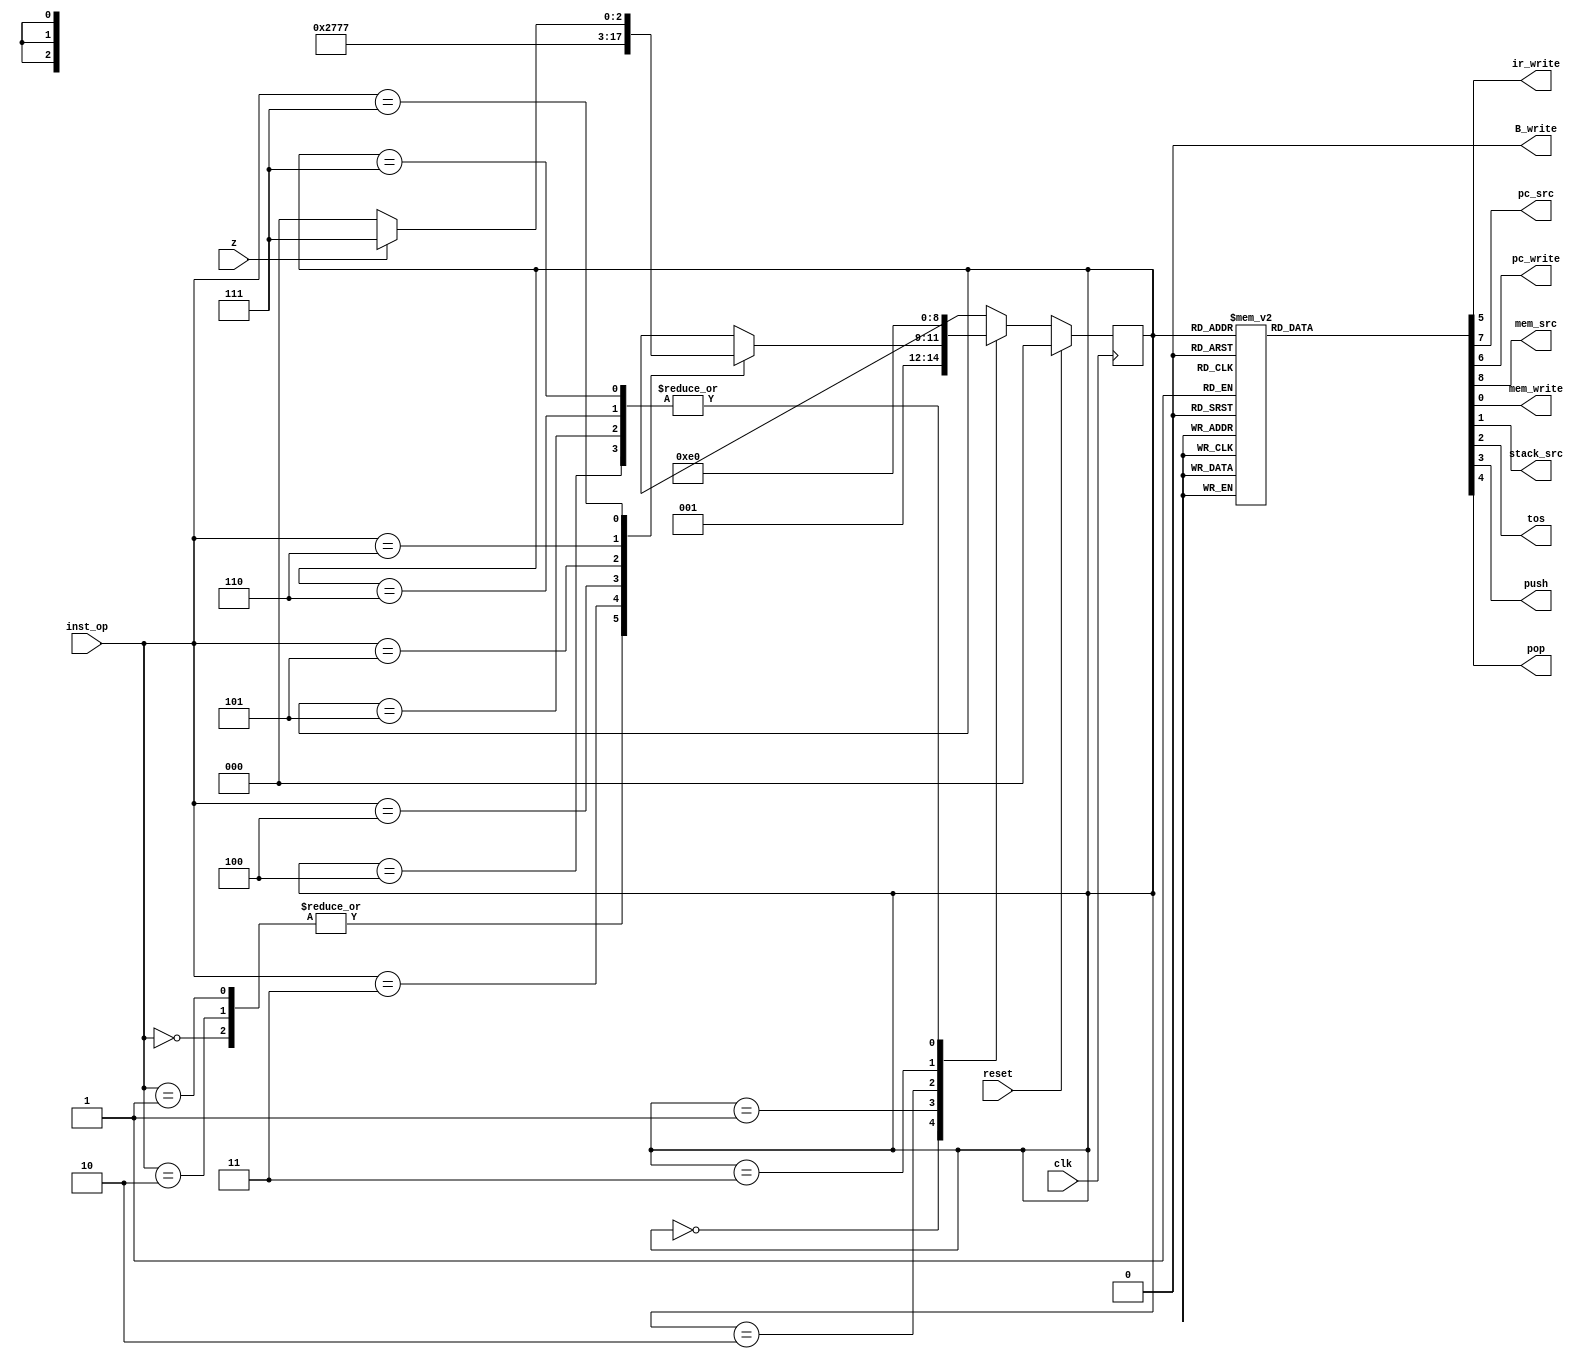
module Controller(input  clk, reset,  z, input [2:0] inst_op,  output reg  ir_write, B_write, pc_src, pc_write, mem_src, mem_write, stack_src, tos, push, pop);
	parameter [2:0] IF = 3'b000, ID = 3'b001, POP_B = 3'b010, POP_A = 3'b011, PUSH_ALU = 3'b100, PUSH_INST = 3'b101, POP_INST =  3'b110, JMP = 3'b111; 
	reg [2:0] c_state = IF, n_state;
	parameter [2:0] OP_ADD = 3'b000, OP_SUB = 3'b001, OP_AND = 3'b010, OP_NOT = 3'b011, OP_PUSH = 3'b100, OP_POP = 3'b101,OP_JMP = 3'b110, OP_JZ = 3'b111;
	
	always @(posedge clk) 
	begin
		if(!reset)
			c_state = n_state;
		else c_state = IF;
	end
		
	always @(c_state, z , inst_op) begin // n_state = ???
		n_state = 0;
		//select next state
		case (c_state)
			IF: begin
				n_state = ID;
			end
			ID: begin
				case(inst_op)
					//ALU
					OP_ADD: n_state = POP_B;
					OP_AND: n_state = POP_B;
					OP_SUB: n_state = POP_B;
					OP_NOT: n_state = POP_A;
					//Memory Access
					OP_PUSH: n_state = PUSH_INST;
					OP_POP: n_state = POP_INST;
					//Jump
					OP_JMP: n_state = JMP;
					OP_JZ: n_state = z ? JMP : IF;
				endcase
			end
			POP_B: begin
				n_state = POP_A;
			end
			POP_A: begin
				n_state = PUSH_ALU;
			end
			PUSH_ALU: begin
				n_state = IF;
			end
			PUSH_INST: begin
				n_state = IF;
			end
			POP_INST: begin
				n_state = IF;
			end
			JMP: begin
				n_state = IF;
			end
		endcase
	end
	
	always @ (c_state) begin//flags
		{ir_write, B_write, pc_src, pc_write, mem_src, mem_write, stack_src, tos, push, pop}  = 0;
		case (c_state)
			IF: begin
				{mem_src, pc_src, pc_write, ir_write} = 4'b1111;
			end
			ID: begin
				tos = 1'b1;
			end
			POP_B: begin
				{tos,pop} = 2'b11;
			end
			POP_A: begin
				{tos,pop} = 2'b11;
			end
			PUSH_ALU: begin
				{stack_src,push} = 2'b11;
			end
			PUSH_INST: begin
				push = 1'b1;
				{mem_src, stack_src} = 2'b00;
			end
			POP_INST: begin
				{tos, pop, mem_write} = 3'b111;
				pc_src = 1'b0;
			end
			JMP: begin
				pc_write = 1'b1;
				pc_src = 1'b0;
			end
		endcase	
	end
endmodule